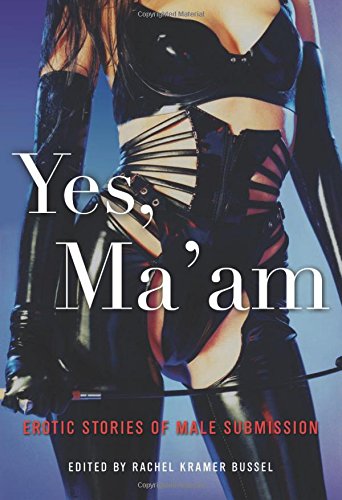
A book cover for Yes, Ma'am: Erotic Stories of Male Submission; Romance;